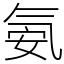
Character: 氨